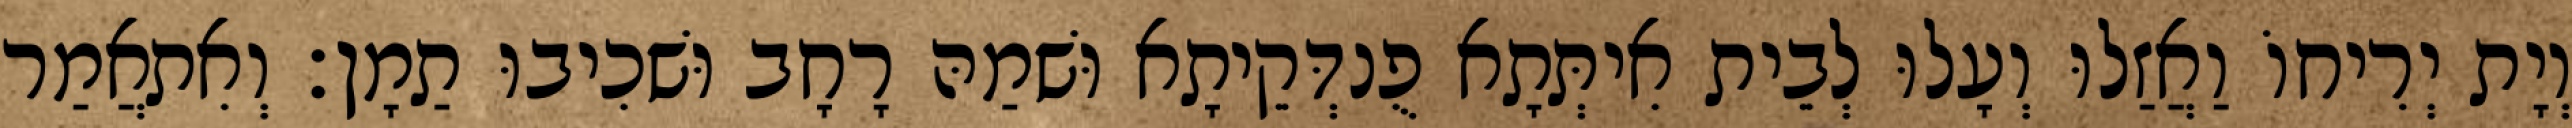
וְיָת יְרִיחוֹ וַאֲזַלוּ וְעָלוּ לְבֵית אִיתְּתָא פֻנדְּקֵיתָא וּשׁמַהּ רָחָב וּשׁכִיבוּ תַמָן׃ וְאִתאֲמַר